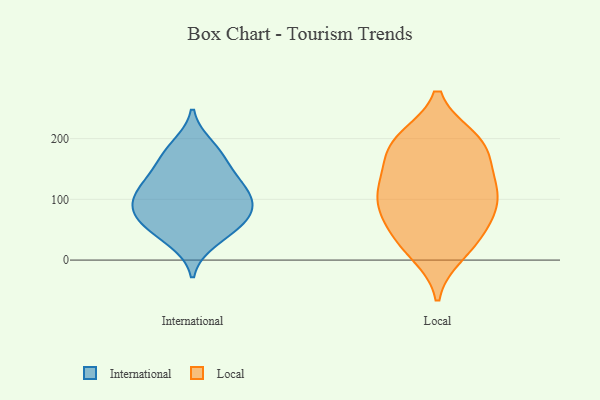
{"axis": {"x": "Operating Costs (USD K)", "y": "Value"}, "legend": ["International", "Local"], "data": [{"x": "", "y": 118, "type": "International"}, {"x": "", "y": 100, "type": "International"}, {"x": "", "y": 45, "type": "International"}, {"x": "", "y": 159, "type": "International"}, {"x": "", "y": 121, "type": "International"}, {"x": "", "y": 188, "type": "International"}, {"x": "", "y": 85, "type": "International"}, {"x": "", "y": 31, "type": "International"}, {"x": "", "y": 102, "type": "International"}, {"x": "", "y": 175, "type": "International"}, {"x": "", "y": 70, "type": "International"}, {"x": "", "y": 134, "type": "International"}, {"x": "", "y": 67, "type": "International"}, {"x": "", "y": 69, "type": "International"}, {"x": "", "y": 123, "type": "Local"}, {"x": "", "y": 60, "type": "Local"}, {"x": "", "y": 11, "type": "Local"}, {"x": "", "y": 83, "type": "Local"}, {"x": "", "y": 123, "type": "Local"}, {"x": "", "y": 136, "type": "Local"}, {"x": "", "y": 105, "type": "Local"}, {"x": "", "y": 196, "type": "Local"}, {"x": "", "y": 175, "type": "Local"}, {"x": "", "y": 73, "type": "Local"}, {"x": "", "y": 34, "type": "Local"}, {"x": "", "y": 24, "type": "Local"}, {"x": "", "y": 98, "type": "Local"}, {"x": "", "y": 177, "type": "Local"}, {"x": "", "y": 199, "type": "Local"}, {"x": "", "y": 200, "type": "Local"}]}